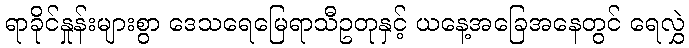
ရာခိုင်နှုန်းများစွာ ဒေသရေမြေရာသီဥတုနှင့် ယနေ့အခြေအနေတွင် ရေလွှဲ